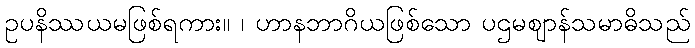
ဥပနိဿယမဖြစ်ရကား။ ၊ ဟာနဘာဂိယဖြစ်သော ပဌမဈာန်သမာဓိသည်